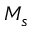
M _ { s }